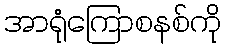
အာရုံကြောစနစ်ကို